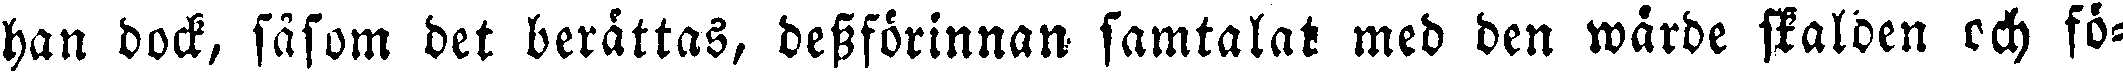
han dock, såsom det berättas, dessförinnan samtalat med den wärde skalden och fö-